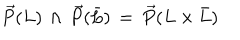
\overrightarrow { P } ( L ) \, \wedge \, \overrightarrow { P } ( \bar { L } ) \, = \, \overrightarrow { P } ( L \times \bar { L } )